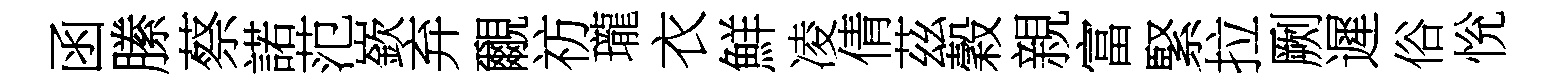
函縢蔡諾范嶔弃覼祊瓏衣鮮凌倩茲穀親富緊拉劂遲俗恱